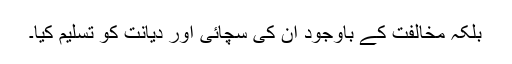
بلکہ مخالفت کے باوجود ان کی سچائی اور دیانت کو تسلیم کیا۔